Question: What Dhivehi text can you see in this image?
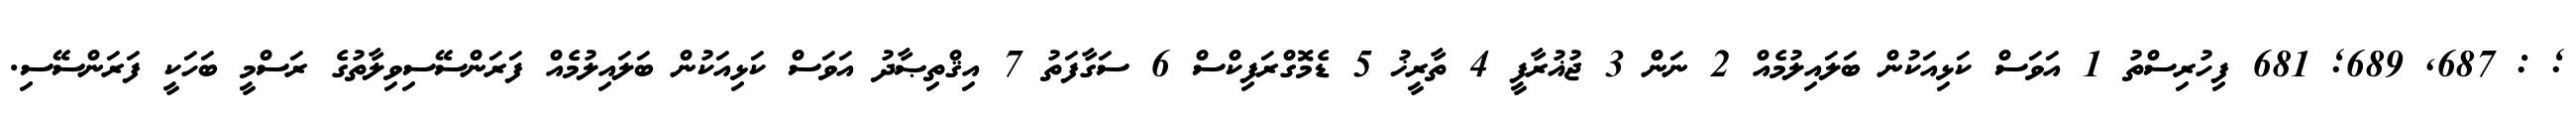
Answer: ; : 687, 689; 681 ފިހުރިސްތު 1 އަވަސް ކަޅިއަކުން ބަލައިލުމެއް 2 ނަން 3 ޖުޣުރާފީ 4 ތާރީޚު 5 ޑެމޮގްރަފިކްސް 6 ސަގާފަތު 7 އިޤްތިޞާދު އަވަސް ކަޅިއަކުން ބަލައިލުމެއް ފަރަންސޭސިވިލާތުގެ ރަސްމީ ބަހަކީ ފަރަންސޭސި.